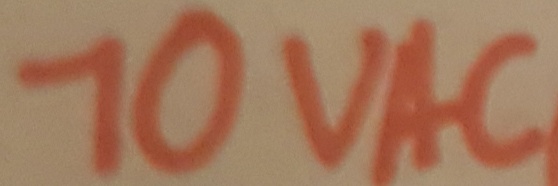
Text: 10VAC